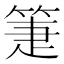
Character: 箑